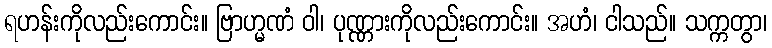
ရဟန်းကိုလည်းကောင်း။ ဗြာဟ္မဏံ ဝါ၊ ပုဏ္ဏားကိုလည်းကောင်း။ အဟံ၊ ငါသည်။ သက္ကတွာ၊